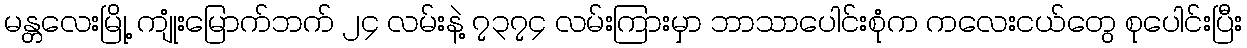
မန္တလေးမြို့ ကျုံးမြောက်ဘက် ၂၄ လမ်းနဲ့ ၇၃၇၄ လမ်းကြားမှာ ဘာသာပေါင်းစုံက ကလေးငယ်တွေ စုပေါင်းပြီး